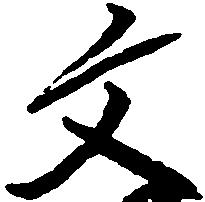
文